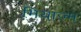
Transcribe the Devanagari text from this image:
मियाज्म